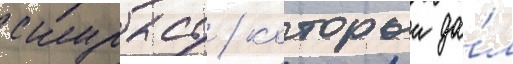
скурасу / которыи да́л